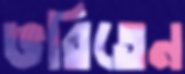
ভরিতেন